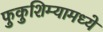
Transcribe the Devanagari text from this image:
फुकुशिम्यामध्ये